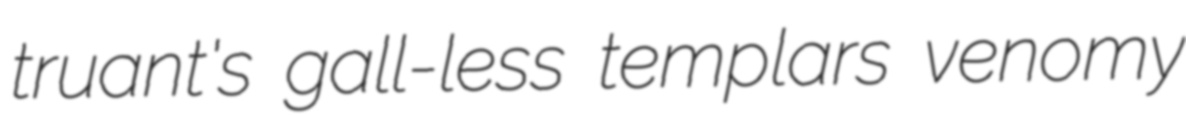
truant's gall-less templars venomy